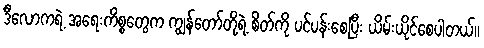
ဒီလောကရဲ့ အရေးကိစ္စတွေက ကျွန်တော်တို့ရဲ့ စိတ်ကို ပင်ပန်းစေပြီး ယိမ်းယိုင်စေပါတယ်။